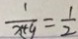
\frac { 1 } { x + 9 } = \frac { 1 } { 2 }